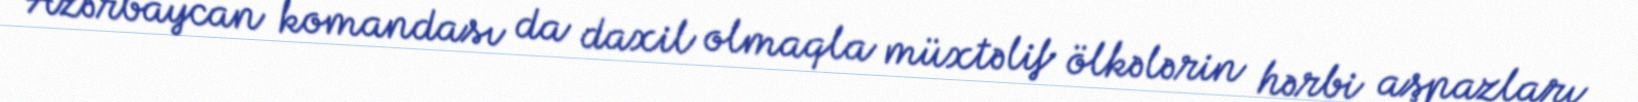
Azərbaycan komandası da daxil olmaqla müxtəlif ölkələrin hərbi aşpazları